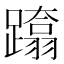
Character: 𨆚